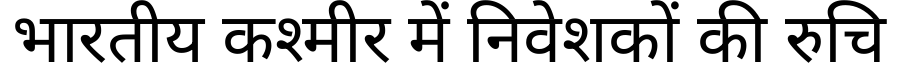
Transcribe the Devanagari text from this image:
भारतीय कश्मीर में निवेशकों की रुचि